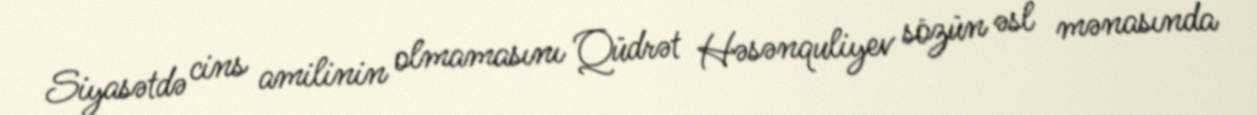
Siyasətdə cins amilinin olmamasını Qüdrət Həsənquliyev sözün əsl mənasında